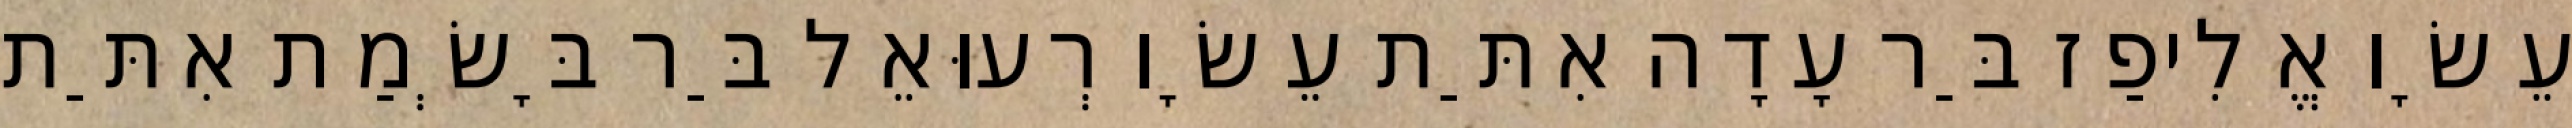
עֵשָׂו אֱלִיפַז בַּר עָדָה אִתַּת עֵשָׂו רְעוּאֵל בַּר בָּשְׂמַת אִתַּת